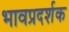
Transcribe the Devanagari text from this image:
भावप्रदर्शक